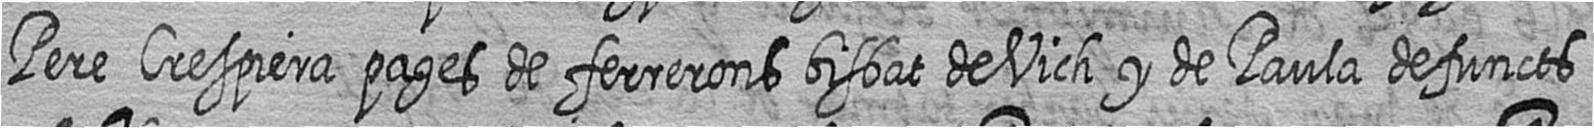
Pere Crespiera pages de ferrerons bisbat de Vich y de Paula defuncts